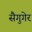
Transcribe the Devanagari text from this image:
सैगुगेर